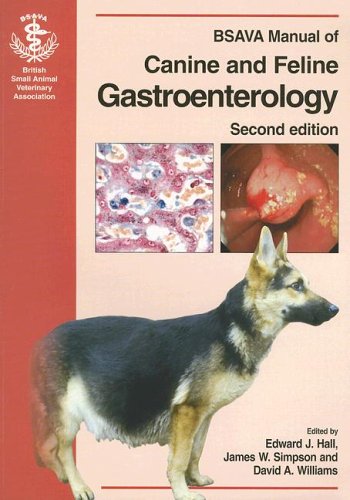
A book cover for BSAVA Manual of Canine and Feline Gastroenterology; Medical Books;